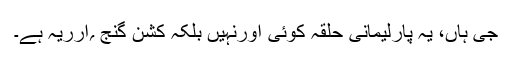
جی ہاں، یہ پارلیمانی حلقہ کوئی اورنہیں بلکہ کشن گنج ؍ارریہ ہے۔